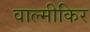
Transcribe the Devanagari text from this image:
वाल्मीकिर